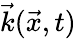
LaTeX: \vec{k}(\vec{x},t)